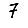
Digit: 7